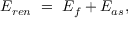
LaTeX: { \cal E } _ { r e n } \ = \ { \cal E } _ { f } + { \cal E } _ { a s } ,